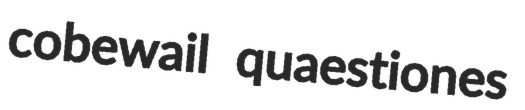
cobewail quaestiones